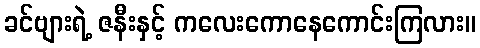
ခင်ဗျားရဲ့ ဇနီးနှင့် ကလေးကောနေကောင်းကြလား။